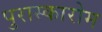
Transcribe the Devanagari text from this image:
पुरास्कारोम